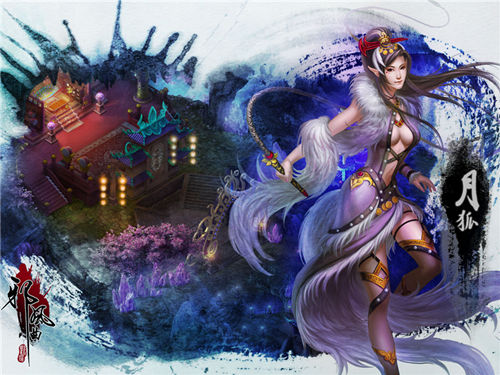
千金之裘，非一狐之腋也台榭之榱，非一木之枝也三代之际，非一士之智也